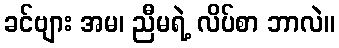
ခင်ဗျား အမ၊ ညီမရဲ့ လိပ်စာ ဘာလဲ။